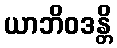
ယာဘိဝဒန္တိ